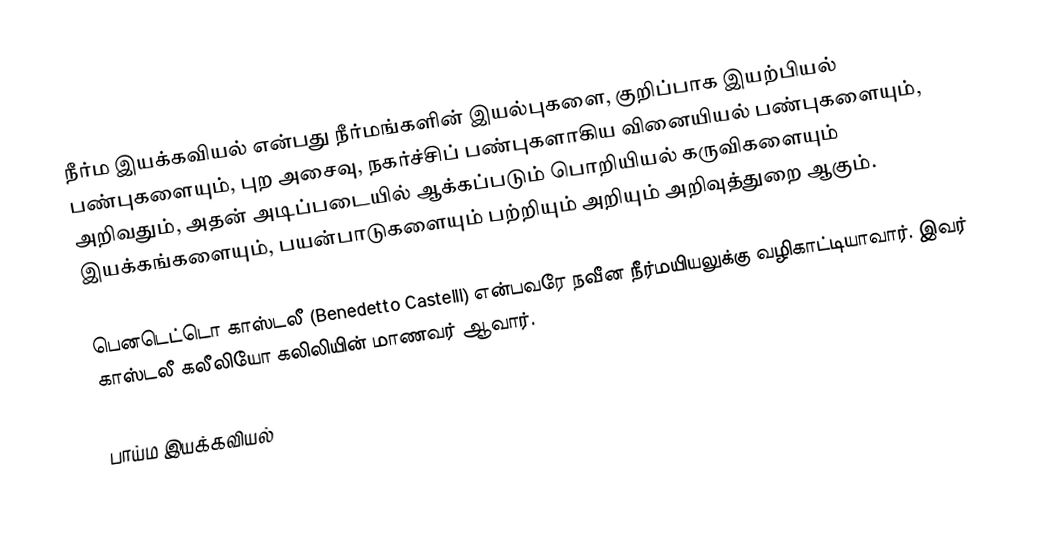
நீர்ம இயக்கவியல் என்பது நீர்மங்களின் இயல்புகளை, குறிப்பாக இயற்பியல் பண்புகளையும், புற அசைவு, நகர்ச்சிப் பண்புகளாகிய வினையியல் பண்புகளையும், அறிவதும், அதன் அடிப்படையில் ஆக்கப்படும் பொறியியல் கருவிகளையும் இயக்கங்களையும், பயன்பாடுகளையும் பற்றியும் அறியும் அறிவுத்துறை ஆகும்.

பெனடெட்டொ காஸ்டலீ (Benedetto Castelli) என்பவரே நவீன நீர்மயியலுக்கு வழிகாட்டியாவார். இவர் காஸ்டலீ கலீலியோ கலிலியின் மாணவர் ஆவார்.

பாய்ம இயக்கவியல்